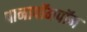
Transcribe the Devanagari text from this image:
पानापॉमपॉम